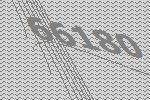
66180